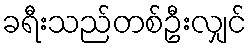
ခရီးသည်တစ်ဦးလျှင်